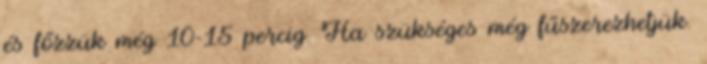
és főzzük még 10-15 percig. Ha szükséges még fűszerezhetjük.